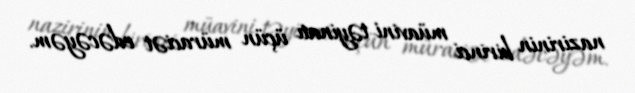
nazirinin birinci müavini təyinatı üçün müraciət edəcəyəm.